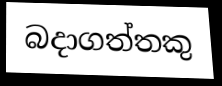
බදාගත්තකු